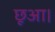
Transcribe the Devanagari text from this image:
छूआ।